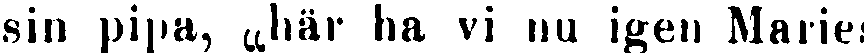
sin pipa, „här ha vi nu igen Maries